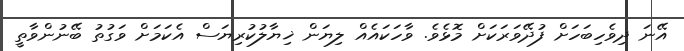
އޭނަ ދިވެހިބަހަށް ފުދޭވަރަކަށް މޮޅެވެ. ވާހަކައެއް ލިޔަން ޚިޔާލުކުރިޔަސް އެކަމަށް ވަގުތު ބޭނުންވާތީ